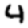
Digit: 4